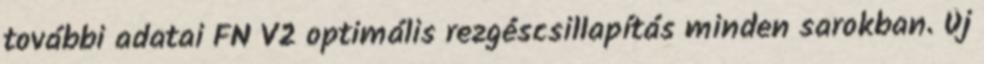
további adatai FN V2 optimális rezgéscsillapítás minden sarokban. Új